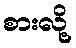
စားလို့